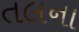
તલના